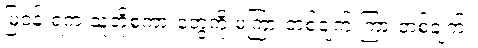
မြဝန်းရံက သူတို့စကားတွေကို မကြားတစ်ချက် ကြားတစ်ချက်။